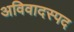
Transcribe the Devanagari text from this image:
अविवादस्पद